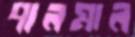
পালমাল